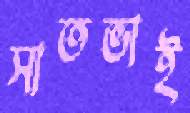
সাতভাই